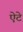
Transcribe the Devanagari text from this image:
ऐटे